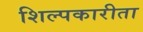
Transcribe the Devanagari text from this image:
शिल्पकारीता